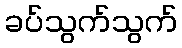
ခပ်သွက်သွက်